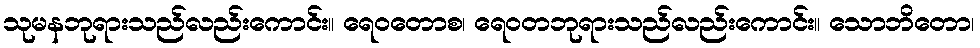
သုမနဘုရားသည်လည်းကောင်း။ ရေဝတောစ၊ ရေဝတဘုရားသည်လည်းကောင်း။ သောဘိတော၊